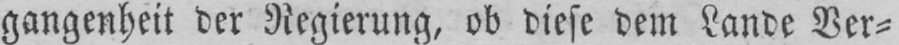
gangenheit der Regierung, ob diese dem Lande Ver⸗